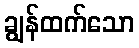
ချွန်ထက်သော